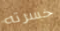
خسرته